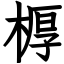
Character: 𣖔